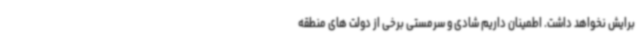
برایش نخواهد داشت. اطمینان داریم شادی و سرمستی برخی از دولت های منطقه